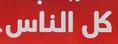
كل